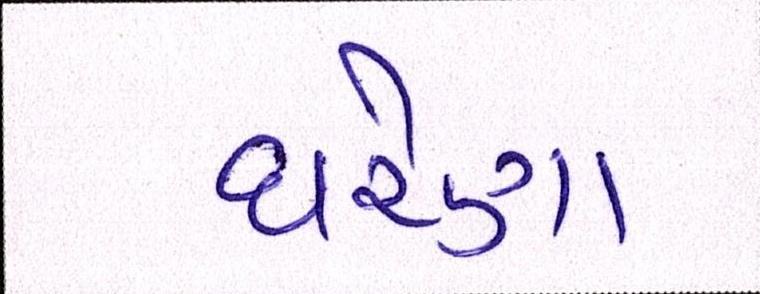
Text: ઘરેણા